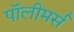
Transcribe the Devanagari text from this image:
पॉलीमर्स